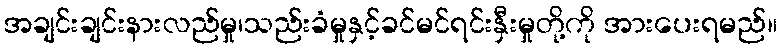
အချင်းချင်းနားလည်မှု၊သည်းခံမှုနှင့်ခင်မင်ရင်းနှီးမှုတို့ကို အားပေးရမည်။